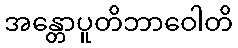
အန္တောပူတိဘာဝေါတိ